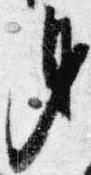
身